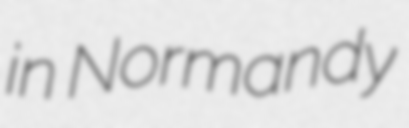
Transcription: in Normandy